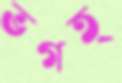
ভগত্